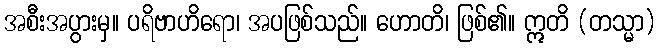
အစီးအပွားမှ။ ပရိဗာဟိရော၊ အပဖြစ်သည်။ ဟောတိ၊ ဖြစ်၏။ ဣတိ (တသ္မာ)